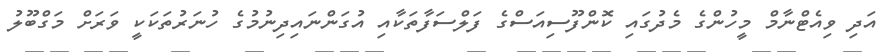
އަދި ވިއެޓްނާމް މީހުންގެ މެދުގައި ކޮންފޫސިއަސްގެ ފަލްސަފާތަކާއި އުގަންނައިދިނުމުގެ ހުނަރުތަކަކީ ވަރަށް މަގްބޫލު